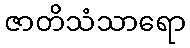
ဇာတိသံသာရော